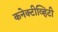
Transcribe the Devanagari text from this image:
कनेक्टीव्हिटी